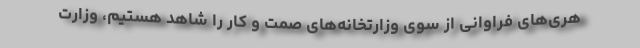
هری‌های فراوانی از سوی وزارتخانه‌های صمت و کار را شاهد هستیم، وزارت